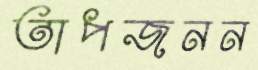
তাপজনন